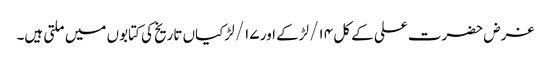
غرض حضرت علی کے کل ۱۴/ لڑکے اور ۱۷/ لڑکیاں تاریخ کی کتابوں میں ملتی ہیں۔